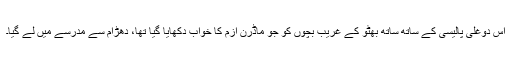
اس دوغلی پالیسی کے ساتھ ساتھ بھٹو کے غریب بچوں کو جو ماڈرن ازم کا خواب دکھایا گیا تھا، دھڑام سے مدرسے میں لے گیا۔